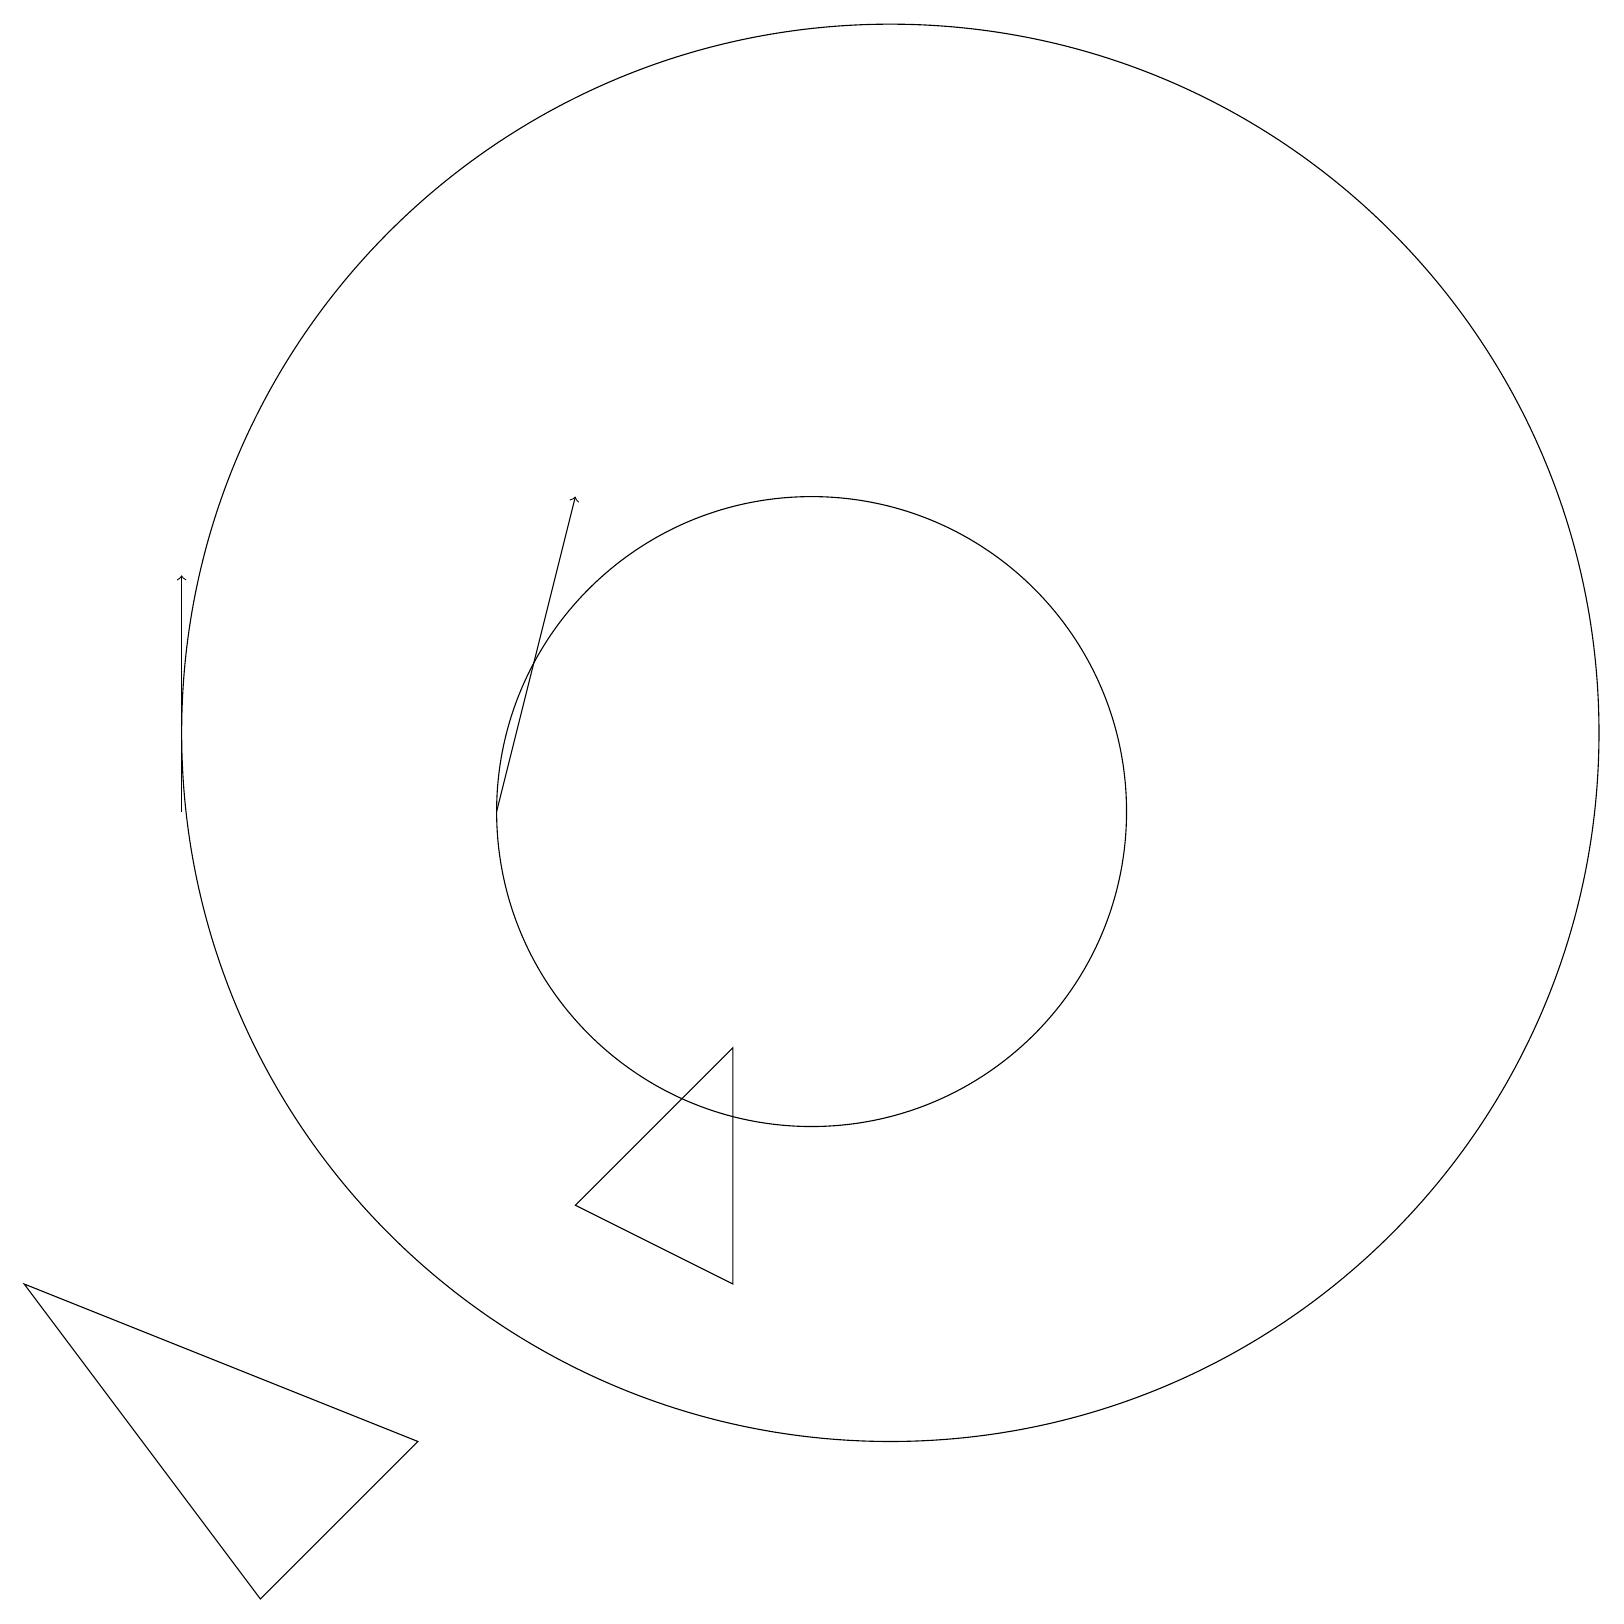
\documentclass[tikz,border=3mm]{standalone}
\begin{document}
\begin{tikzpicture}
\draw (9,7) -- (7,5) -- (9,4) -- cycle;
\draw (5,2) -- (3,0) -- (0,4) -- cycle;
\draw[->] (6,10) -- (7,14);
\draw (11,11) circle (9);
\draw (10,10) circle (4);
\draw[->] (2,10) -- (2,13);
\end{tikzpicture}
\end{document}